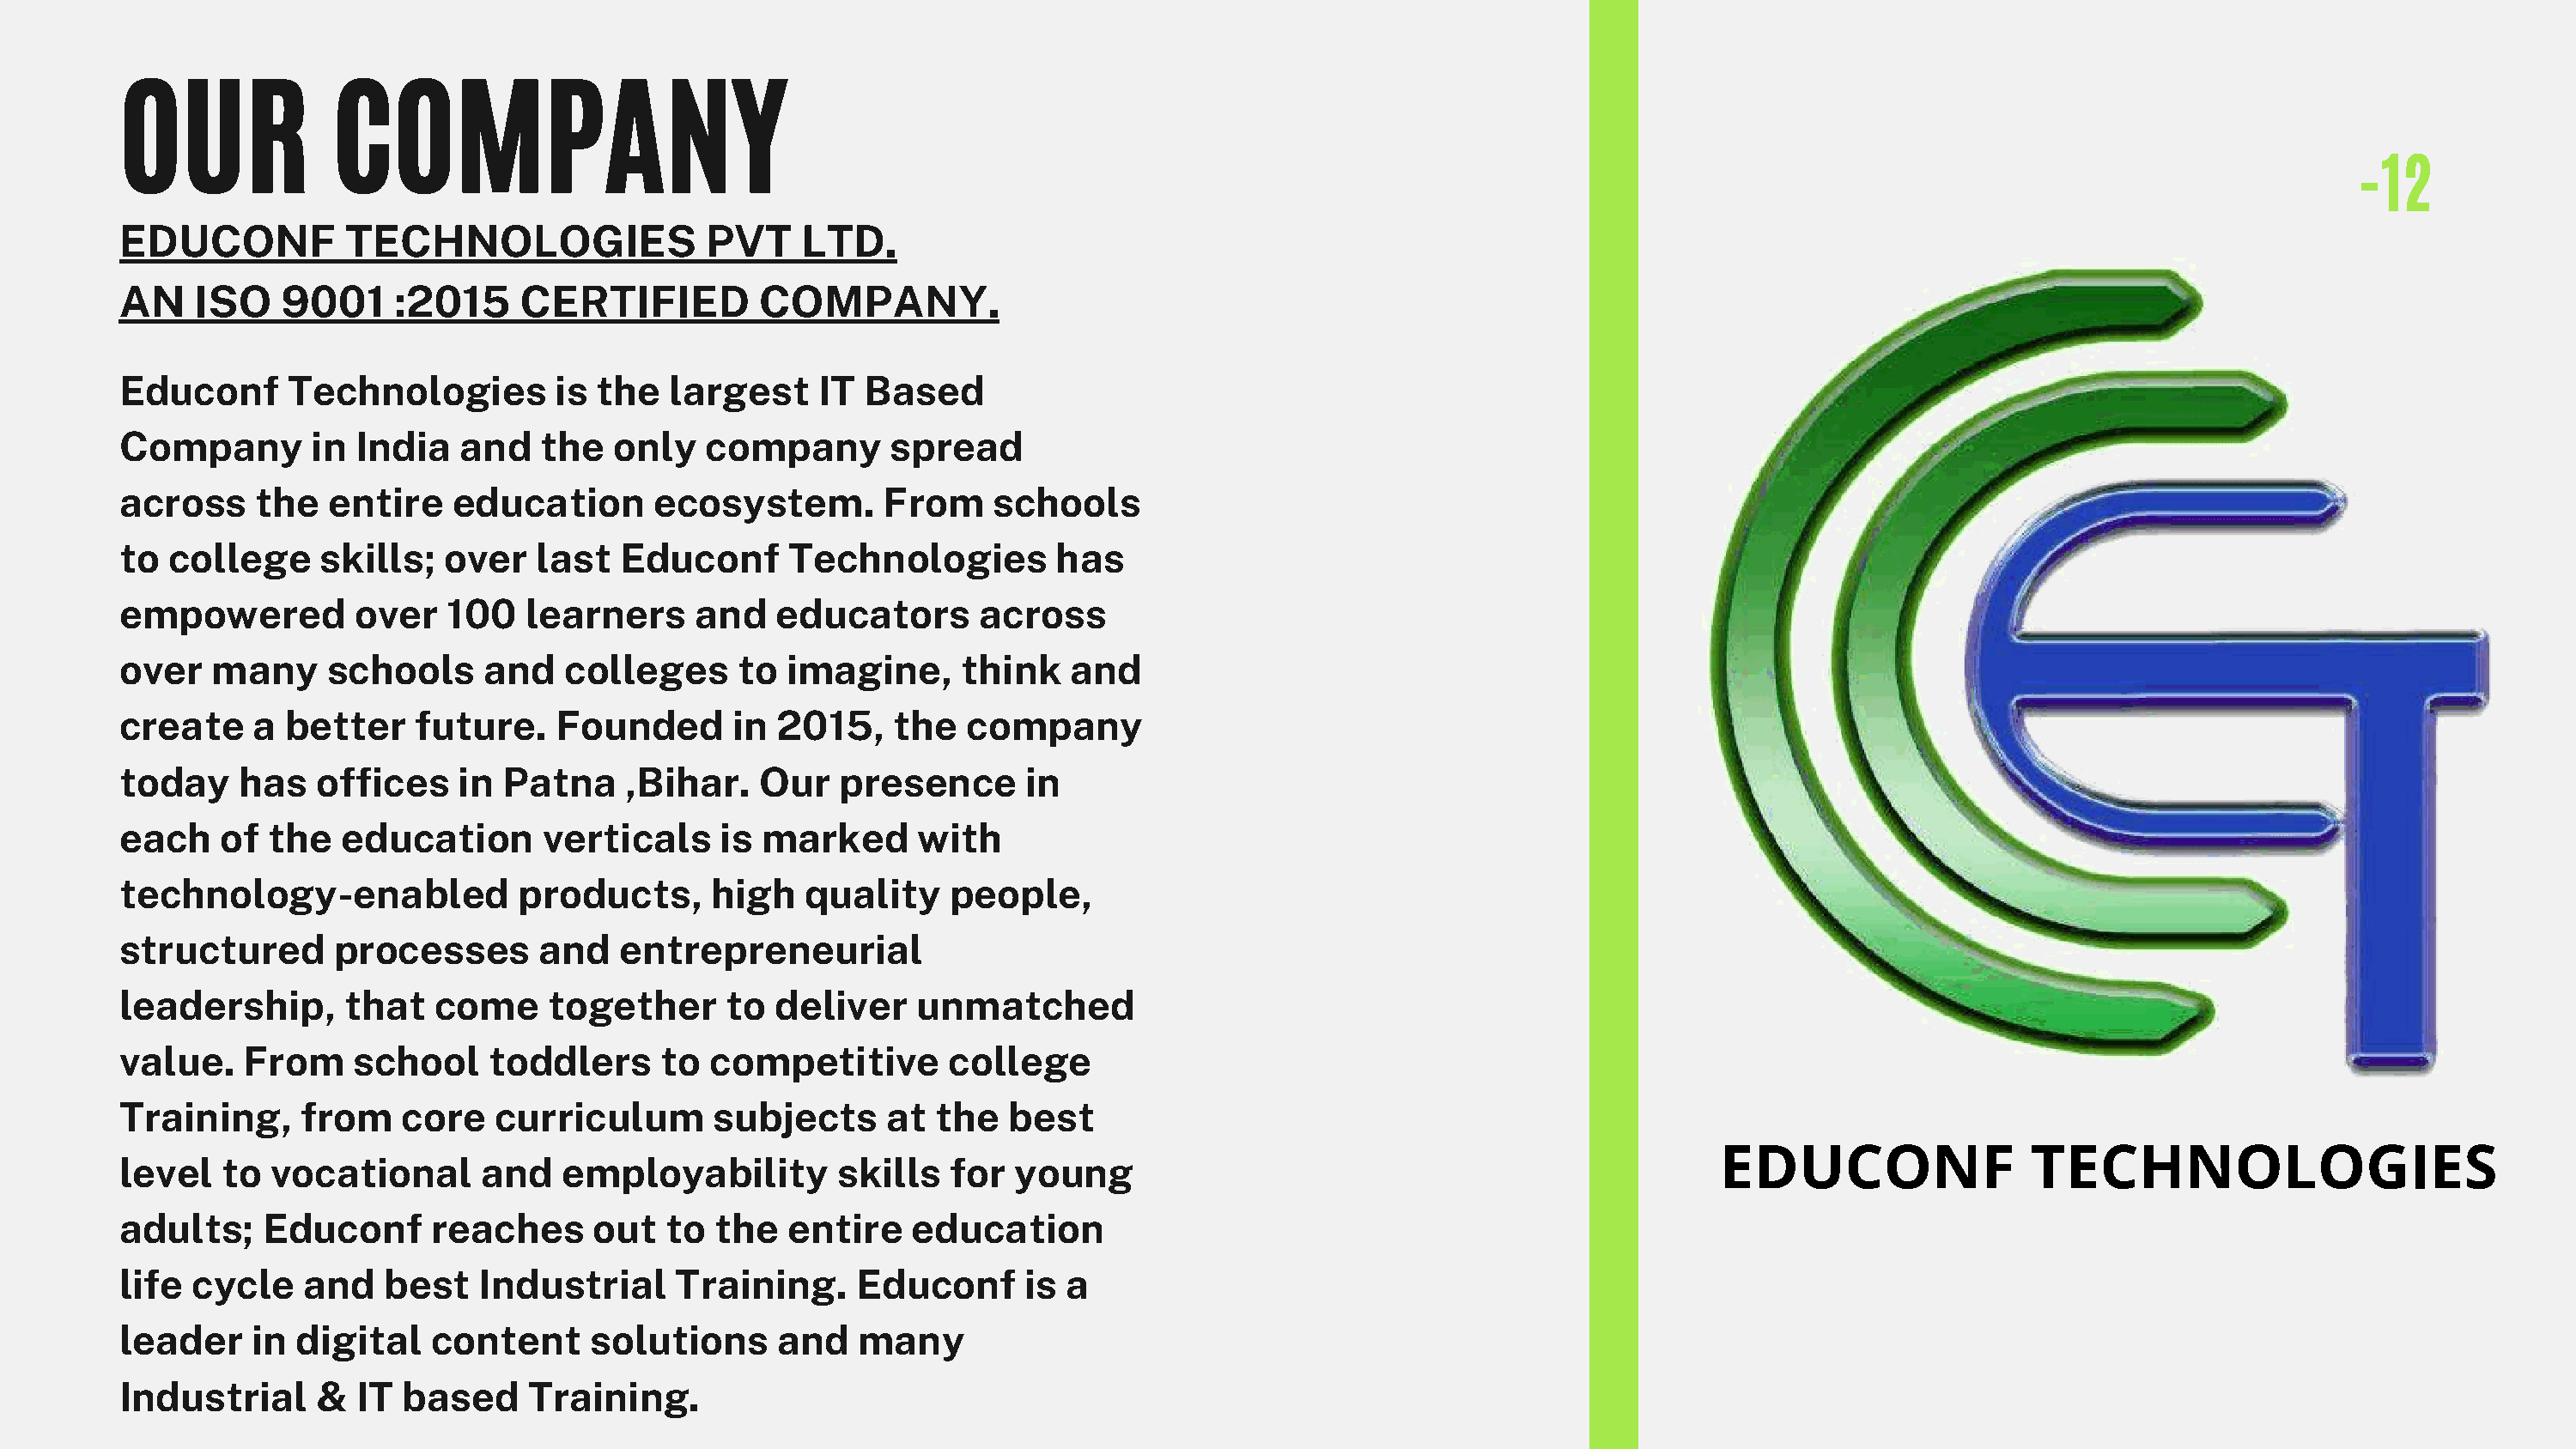
OUR              COMPANY
 -12
 EDUCONF           TECHNOLOGIES               PVT     LTD.
 AN    ISO    9001    :2015     CERTIFIED          COMPANY.
 Educonf      Technologies         is the   largest    IT  Based
 Company        in India   and    the  only   company        spread
 across     the  entire    education      ecosystem.        From     schools
 to  college     skills;  over   last   Educonf      Technologies        has
 empowered         over   100   learners      and   educators      across
 over   many     schools     and   colleges      to  imagine,     think    and
 create    a  better    future.    Founded      in  2015,    the  company
 today    has   offices    in  Patna    ,Bihar.    Our   presence      in
 each    of  the  education       verticals     is marked      with
 technology-enabled             products,      high   quality    people,
 structured       processes       and   entrepreneurial
 leadership,       that  come     together      to  deliver    unmatched
 value.    From    school     toddlers     to  competitive       college
 Training,     from    core   curriculum       subjects     at  the   best
 EDUCONF                 TECHNOLOGIES
 level   to  vocational      and   employability         skills  for  young
 adults;    Educonf      reaches      out  to  the   entire   education
 life  cycle   and    best   Industrial     Training.     Educonf      is a
 leader    in  digital   content     solutions      and   many
 Industrial     &  IT  based     Training.